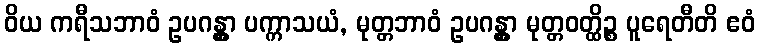
ဝိယ ကရီသဘာဝံ ဥပဂန္တွာ ပက္ကာသယံ, မုတ္တဘာဝံ ဥပဂန္တွာ မုတ္တဝတ္ထိဉ္စ ပူရေတီတိ ဧဝံ